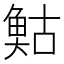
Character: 𩾀